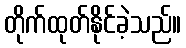
တိုက်ထုတ်နိုင်ခဲ့သည်။